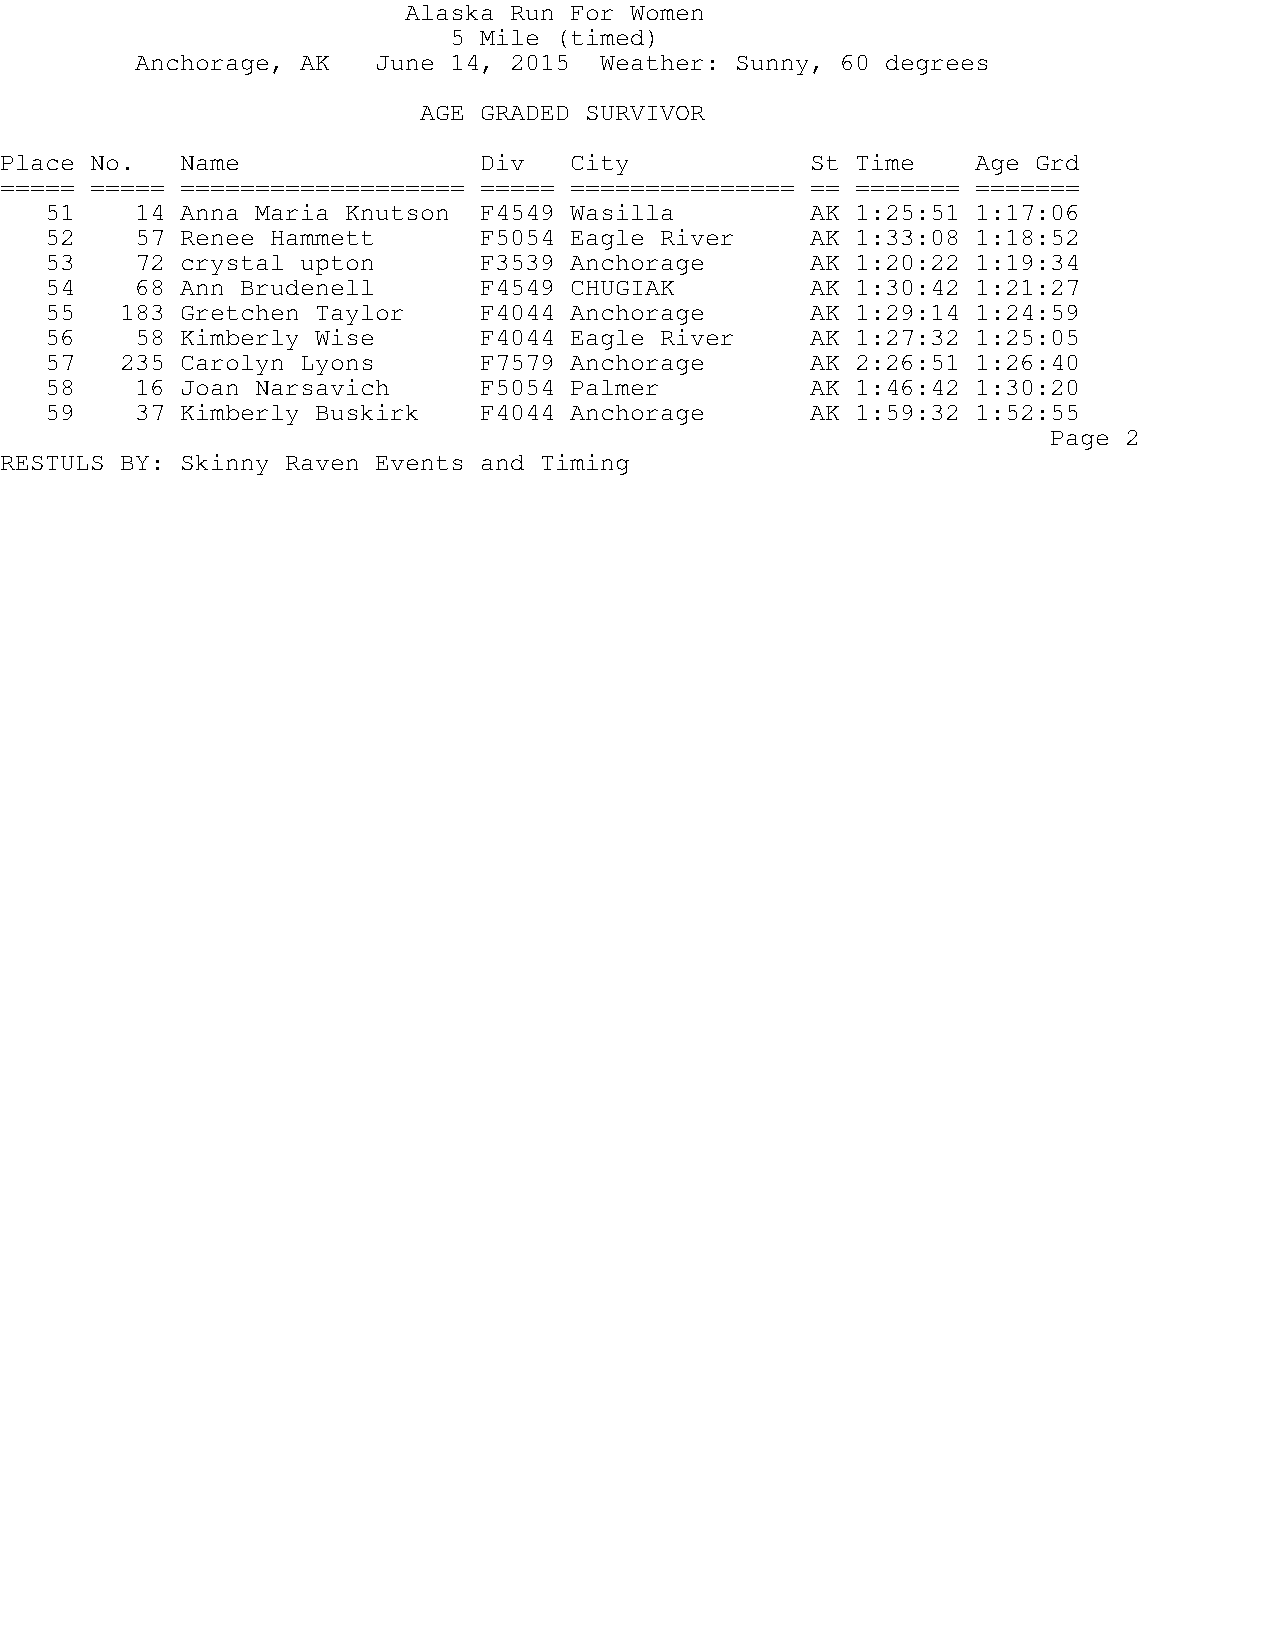
Alaska Run For Women
 5 Mile (timed)
 Anchorage, AK   June 14, 2015  Weather: Sunny, 60 degrees
 AGE GRADED SURVIVOR
 Place No.   Name                Div   City            St Time    Age Grd
 ===== ===== =================== ===== =============== == ======= =======
 51    14 Anna Maria Knutson  F4549 Wasilla         AK 1:25:51 1:17:06
 52    57 Renee Hammett       F5054 Eagle River     AK 1:33:08 1:18:52
 53    72 crystal upton       F3539 Anchorage       AK 1:20:22 1:19:34
 54    68 Ann Brudenell       F4549 CHUGIAK         AK 1:30:42 1:21:27
 55   183 Gretchen Taylor     F4044 Anchorage       AK 1:29:14 1:24:59
 56    58 Kimberly Wise       F4044 Eagle River     AK 1:27:32 1:25:05
 57   235 Carolyn Lyons       F7579 Anchorage       AK 2:26:51 1:26:40
 58    16 Joan Narsavich      F5054 Palmer          AK 1:46:42 1:30:20
 59    37 Kimberly Buskirk    F4044 Anchorage       AK 1:59:32 1:52:55
 Page 2
 RESTULS BY: Skinny Raven Events and Timing